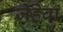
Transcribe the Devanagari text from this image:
जेहेवा